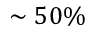
\sim 5 0 \%